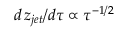
d \, z _ { j e t } / d \tau \propto \tau ^ { - 1 / 2 }